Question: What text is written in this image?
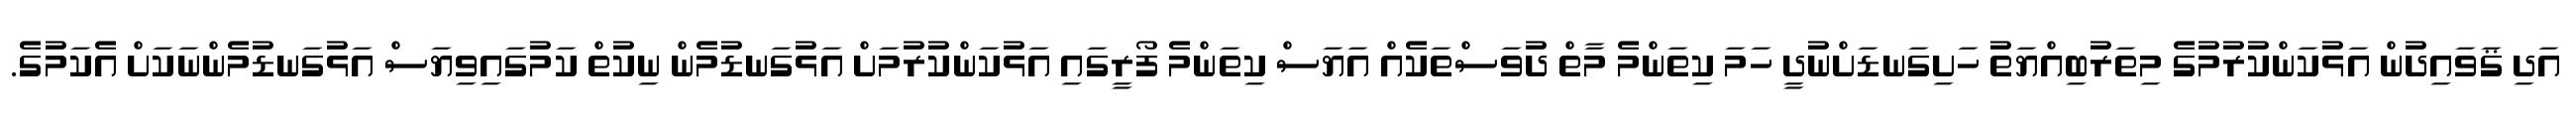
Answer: އަދި ޤަވައިދުން އަޅުކަންކުރުމުގެ މިތަރުބިއްޔަތު ހަށިގަނޑަށްނުދީ ހަމަ ކިތަންމެ މާތް ދުވަސްތަކެއް އަޔަސް ކިތަންމެ ފޯރީގައި އަޅުކަންކުރުމަށް އަޅުގަނޑުމެން ނިކުތް ކަމުގައިވިޔަސް އަޅުގަނޑުމެންނަކަށް އެކަމުގެ.